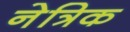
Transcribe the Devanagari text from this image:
नेत्रिक